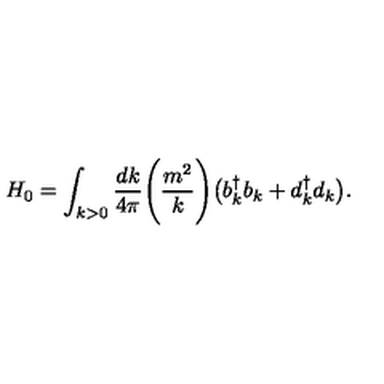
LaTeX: H _ { 0 } = \int _ { k > 0 } { \frac { d k } { 4 \pi } } \Biggl ( { \frac { m ^ { 2 } } { k } } \Biggr ) \bigl ( b _ { k } ^ { \dagger } b _ { k } + d _ { k } ^ { \dagger } d _ { k } \bigr ) .